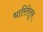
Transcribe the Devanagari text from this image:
धारितेतून